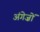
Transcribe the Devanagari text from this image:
अंगेज़ों